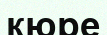
кюре